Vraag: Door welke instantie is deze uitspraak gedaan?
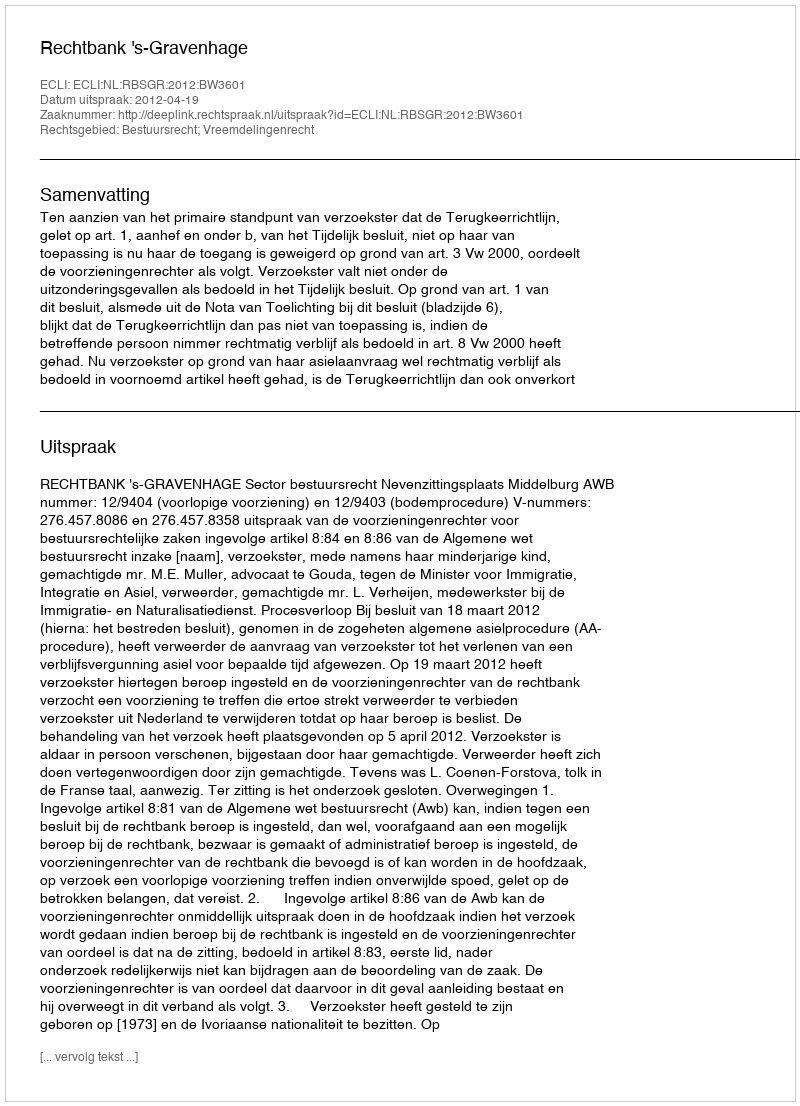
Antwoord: Rechtbank 's-Gravenhage